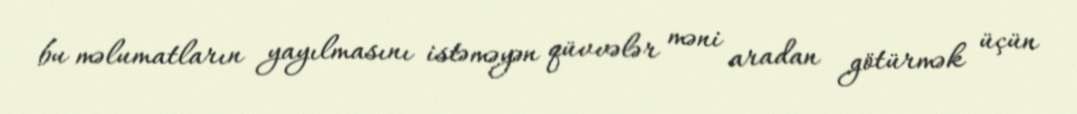
bu məlumatların yayılmasını istəməyən qüvvələr məni aradan götürmək üçün